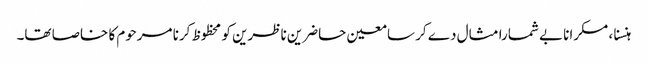
ہنسنا ، مسکرانا بے شمارا مثال دے کر سامعین حاضرین ناظرین کو محظوظ کرنا مرحوم کا خاصا تھا۔